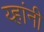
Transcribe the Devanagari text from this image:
य्हांनी